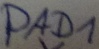
Text: PAD1